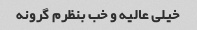
خیلی عالیه و خب بنظرم گرونه